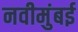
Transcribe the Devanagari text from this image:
नवीमुंबई